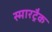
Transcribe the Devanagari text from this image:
स्मारट्रैक